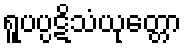
ရူပပ္ပဋိသံယုတ္တော